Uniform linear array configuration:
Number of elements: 12
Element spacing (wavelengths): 0.5
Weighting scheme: binomial
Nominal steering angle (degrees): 60
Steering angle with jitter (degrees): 59.0
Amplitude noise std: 0.05
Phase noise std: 0.05

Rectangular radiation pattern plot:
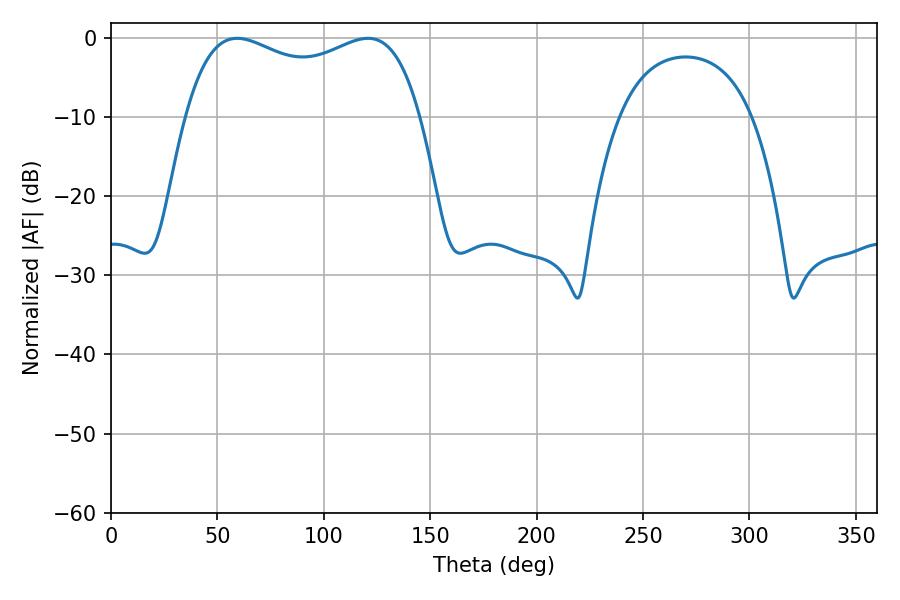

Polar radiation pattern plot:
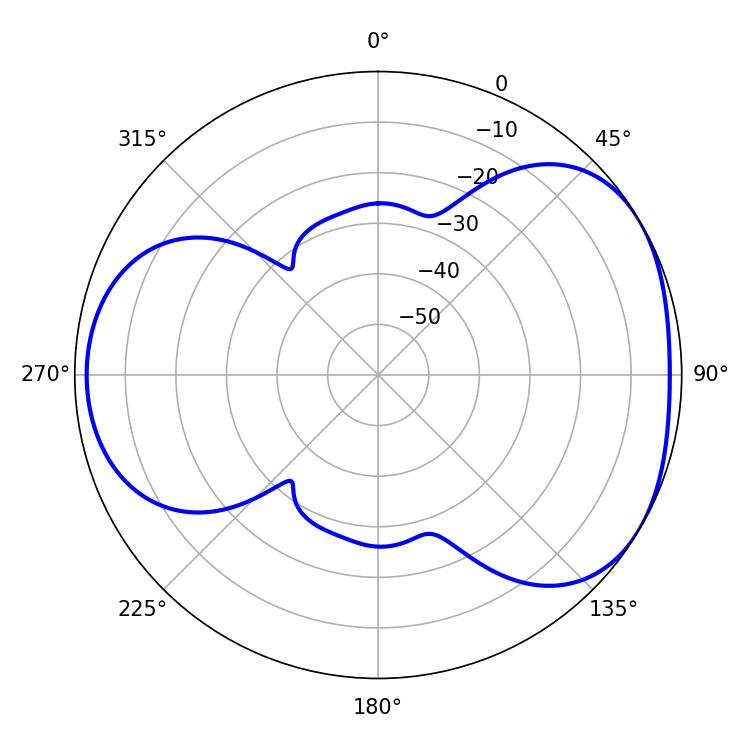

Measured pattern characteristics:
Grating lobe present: FALSE
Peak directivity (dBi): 4.235
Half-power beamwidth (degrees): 90.72
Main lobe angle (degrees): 59.22